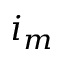
i _ { m }